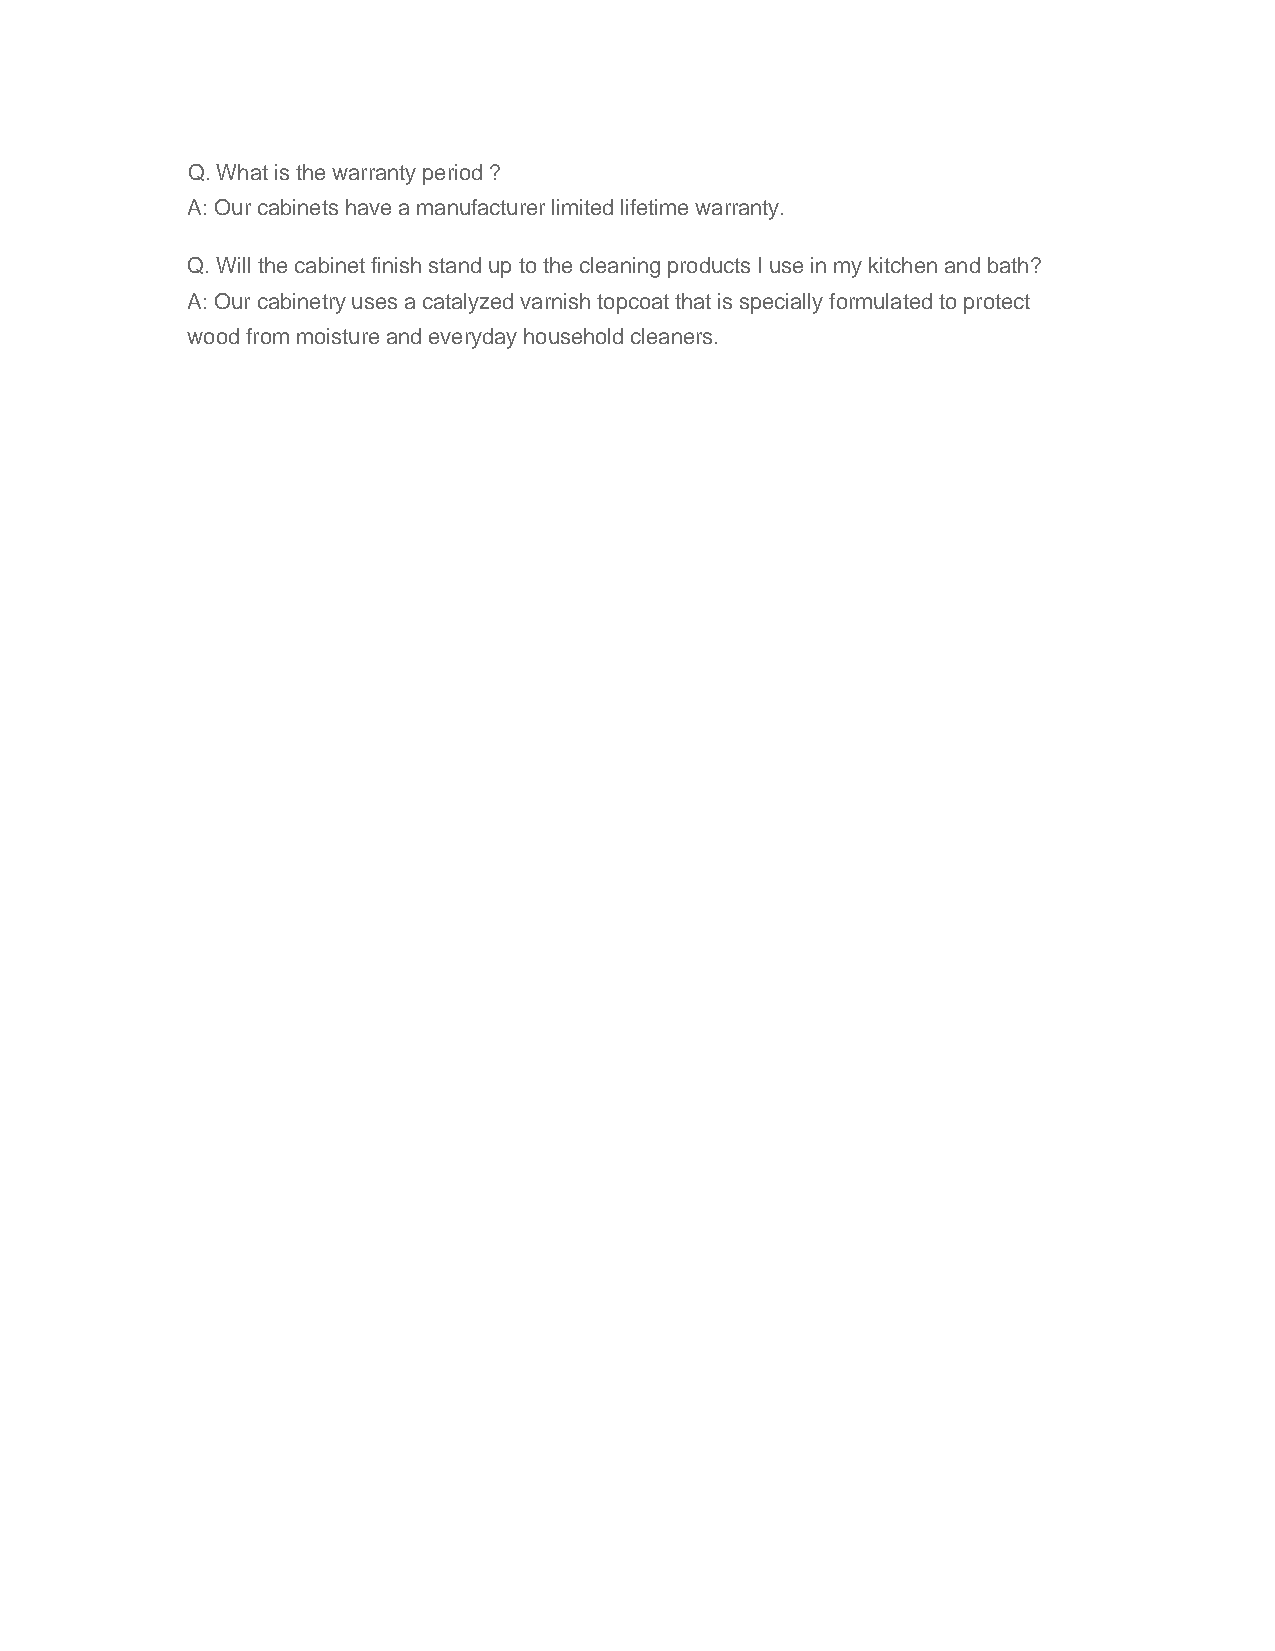
Q. What is the warranty period ?
 A: Our cabinets have a manufacturer limited lifetime warranty.
 Q. Will the cabinet finish stand up to the cleaning products I use in my kitchen and bath?
 A: Our cabinetry uses a catalyzed varnish topcoat that is specially formulated to protect
 wood from moisture and everyday household cleaners.